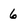
Character: 6